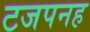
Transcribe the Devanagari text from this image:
टजपनह